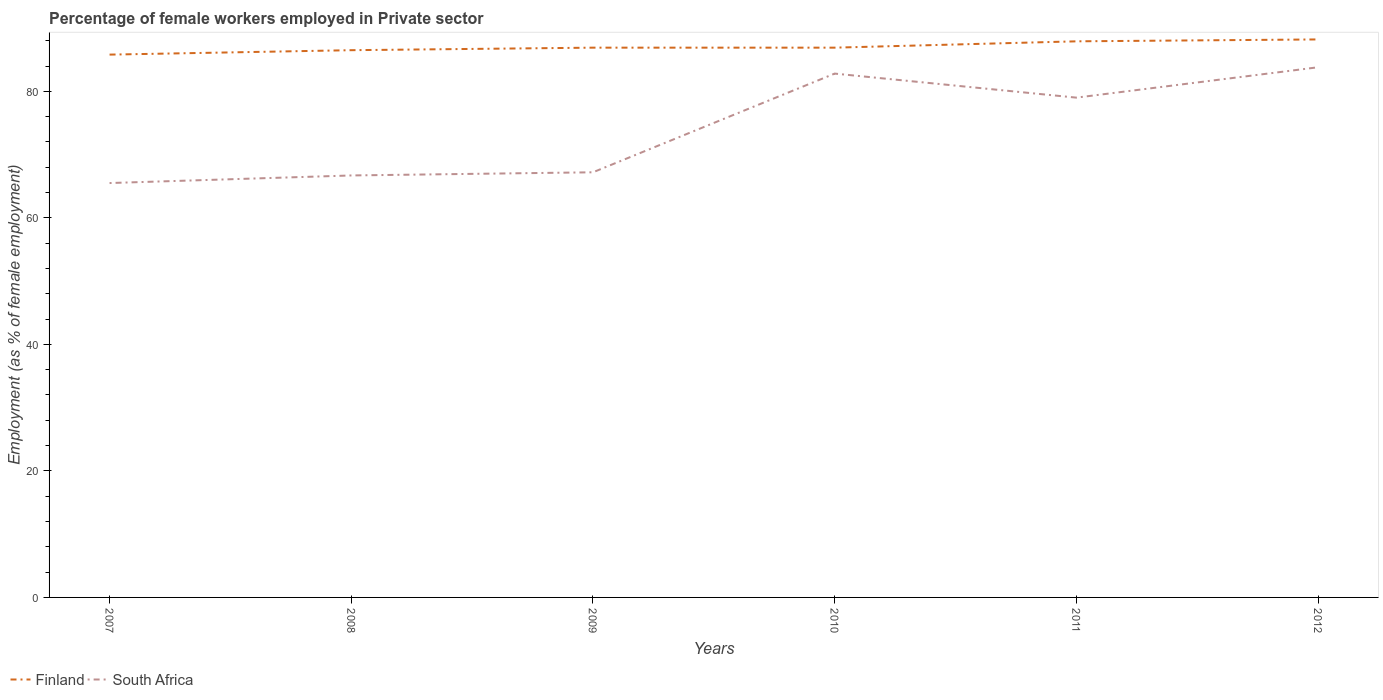
| Years | Finland | South Africa |
 | --- | --- | --- |
 | 2007 | 85.8 | 65.5 |
 | 2008 | 86.5 | 66.7 |
 | 2009 | 86.9 | 67.2 |
 | 2010 | 86.9 | 82.8 |
 | 2011 | 87.9 | 79 |
 | 2012 | 88.2 | 83.8 |